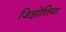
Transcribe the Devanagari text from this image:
जिझोतिया